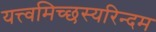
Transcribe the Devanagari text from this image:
यत्त्वमिच्छस्यरिन्दम